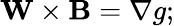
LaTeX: \mathbf{W}\times\mathbf B=\nabla g;